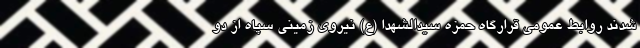
شدند روابط عمومی قرارگاه حمزه سیدالشهدا (ع) نیروی زمینی سپاه از دو